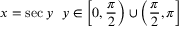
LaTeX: x = \sec y \ \ y \in \left[ 0 , { \frac { \pi } { 2 } } \right) \cup \left( { \frac { \pi } { 2 } } , \pi \right]